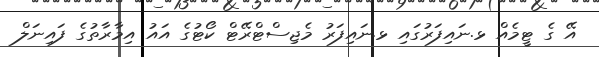
އޭ ގެ ޓީމެއް ޅ.ނައިފަރުގައި ޅ.ނައިފަރު މެޖިސްޓްރޭޓް ކޯޓުގެ އައު އިމާރާތުގެ ފައިނަލް